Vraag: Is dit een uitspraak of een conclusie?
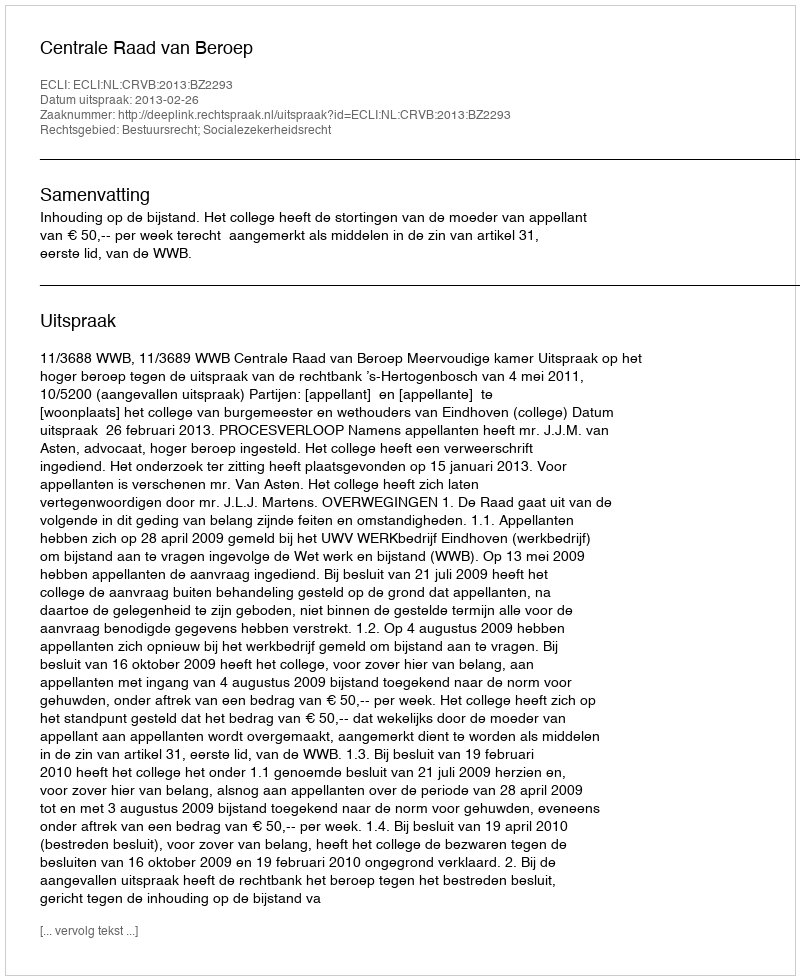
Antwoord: Uitspraak